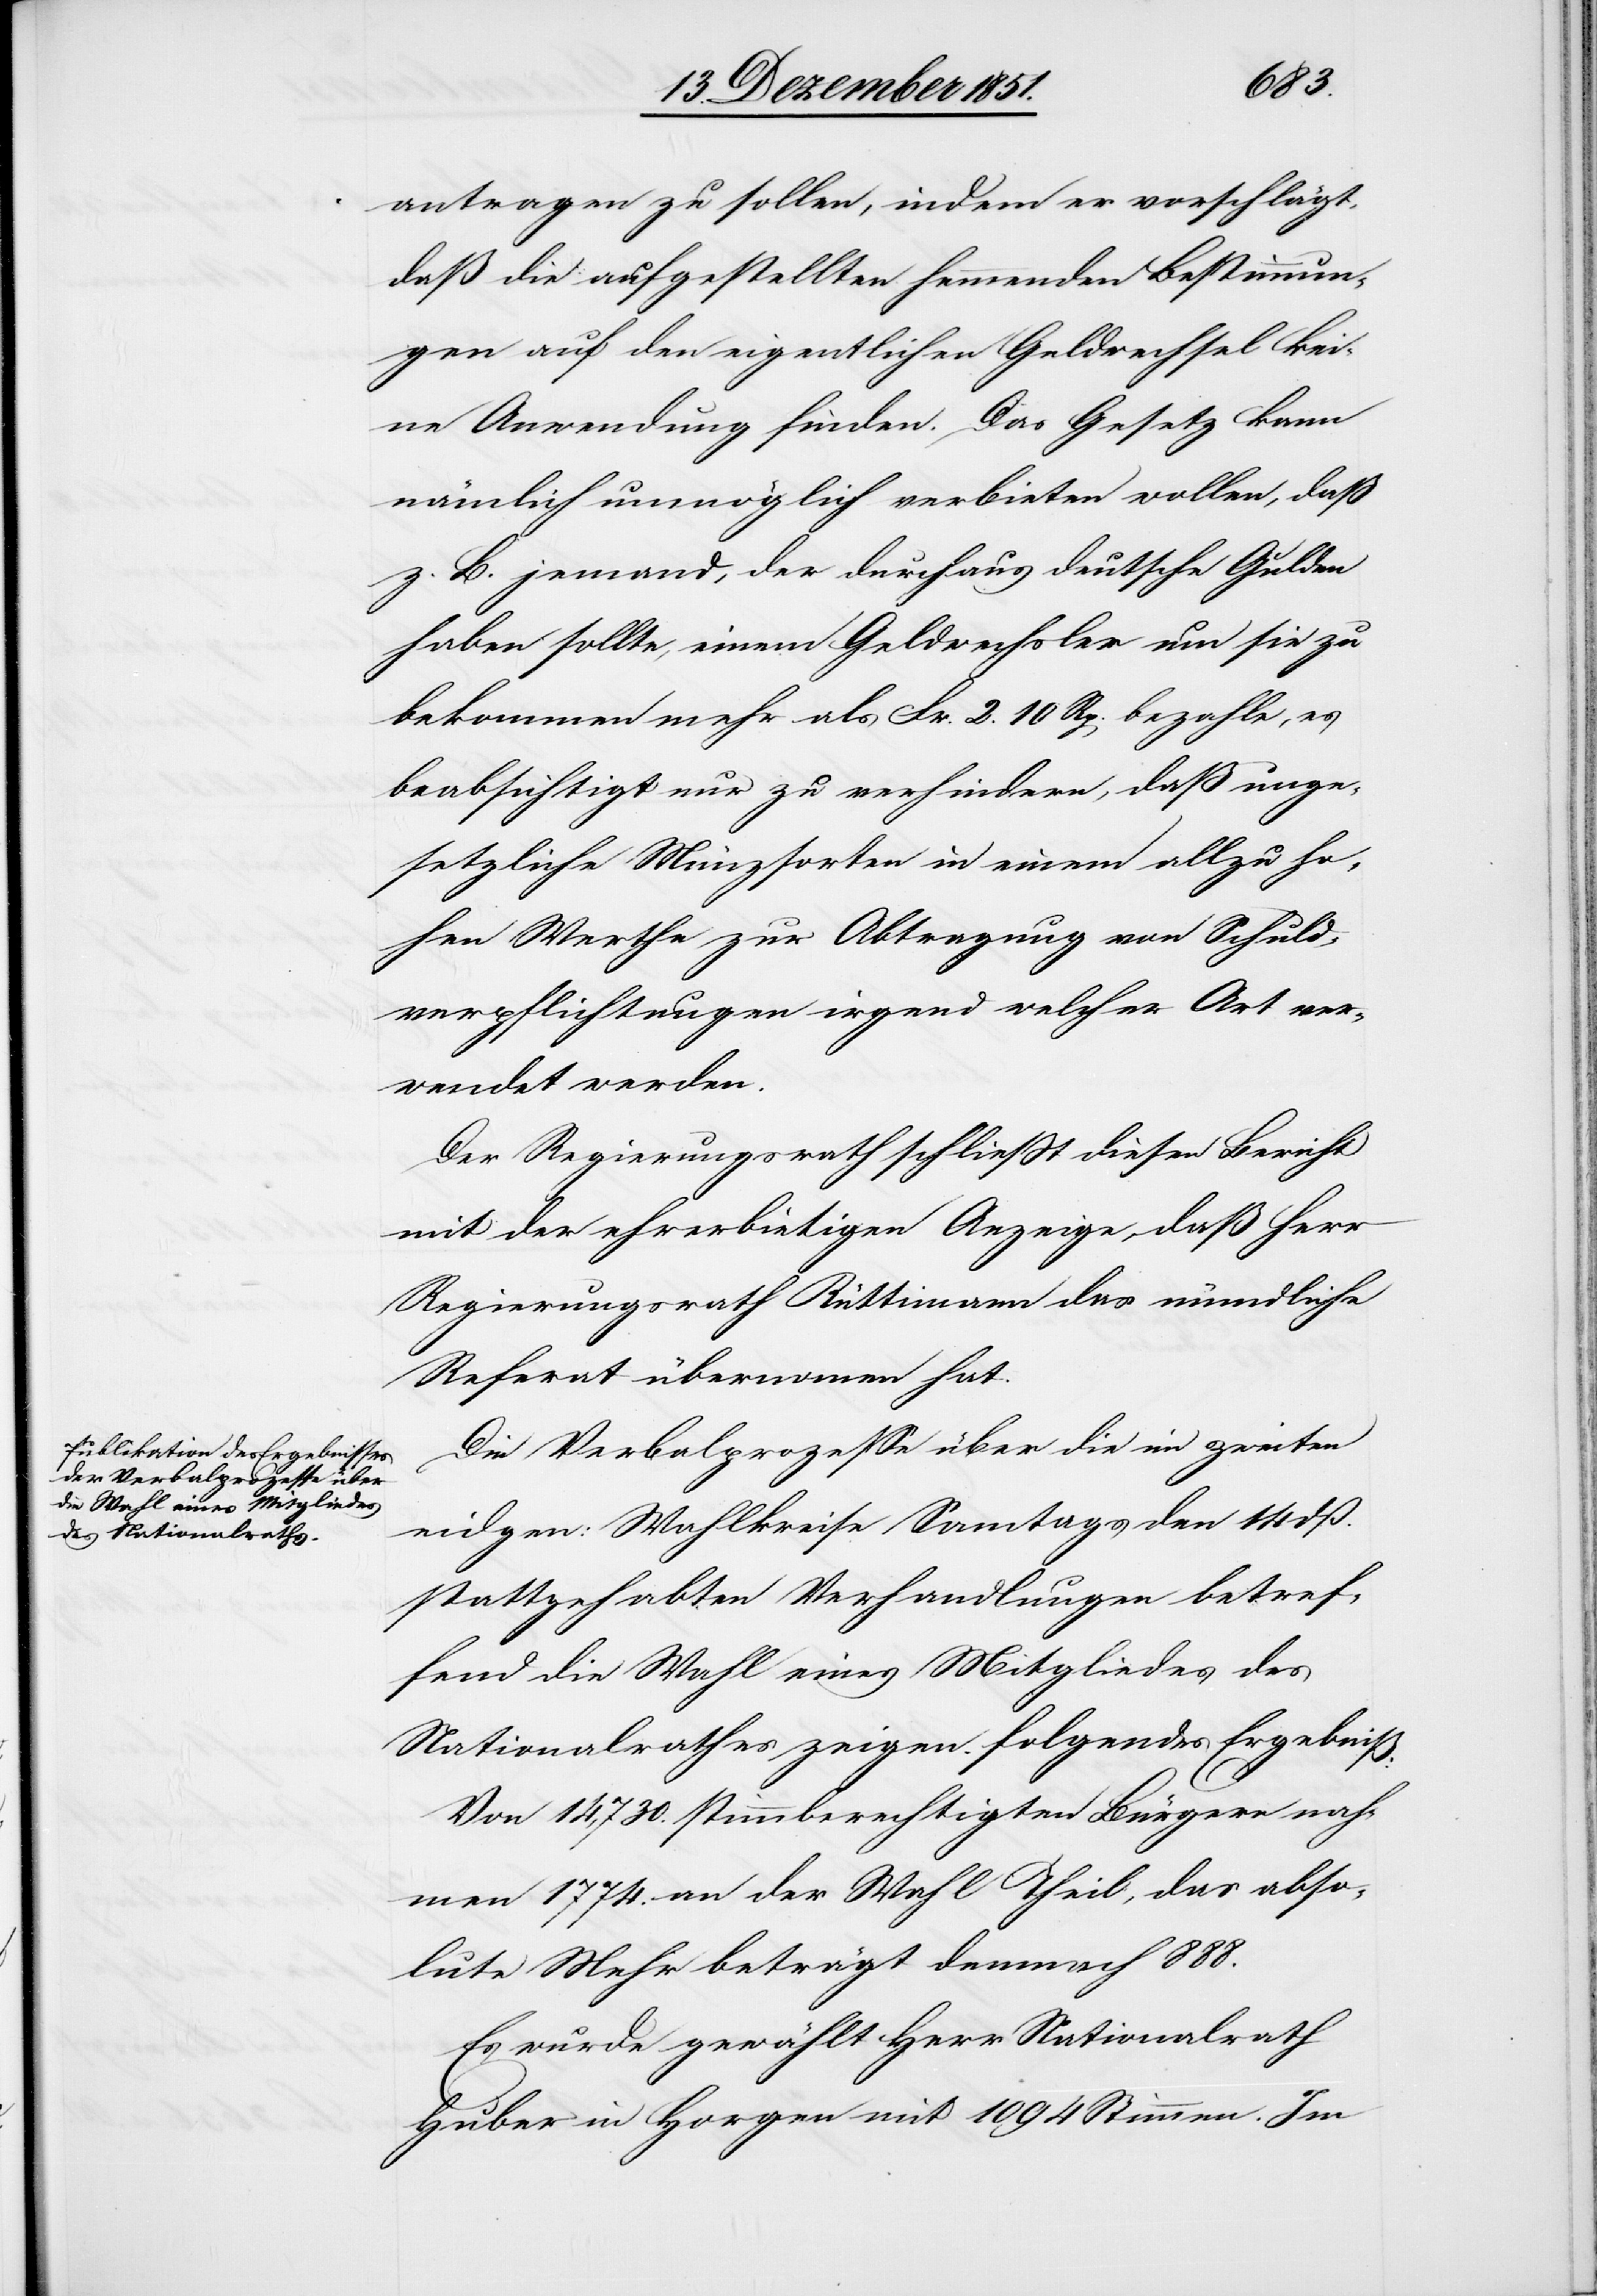
Actum
15 Dezember 1851.]
antragen zu sollen, indem er vorschlägt,
daß die aufgestellten hemmenden Bestimmun¬
gen auf den eigentlichen Geldwechsel kei¬
ne Anwendung finden. Das Gesetz kann
nämlich unmöglich verbieten wollen, daß
z. B. jemand, der durchaus deutsche Gulden
haben sollte, einem Geldwechsler um sie zu
bekommen mehr als Fr. 2. 10 Rp. bezahle, es
beabsichtigt nur zu verhindern, daß unge¬
setzliche Münzsorten in einem allzu ho¬
hen Werthe zur Abtragung von Schuld¬
verpflichtungen irgend welcher Art ver¬
wendet werden.
Der Regierungsrath schließt diesen Bericht
mit der ehrerbietigen Anzeige, daß Herr
Regierungsrath Rüttimann das mündliche
Referat übernom[m]en hat.
Die Verbalprozesse über die im zweiten
eidgen: Wahlkreise Sonntags den 14 dß.
stattgehabten Verhandlungen betref¬
fend die Wahl eines Mitgliedes des
Nationalrathes zeigen folgendes Ergebniß:
Von 14,730. stimmberechtigten Bürgern nah¬
men 1774. an der Wahl Theil, das abso¬
lute Mehr beträgt demnach 888.
Es wurde gewählt Herr Nationalrath
Huber in Horgen mit 1094 Stimmen. Im